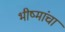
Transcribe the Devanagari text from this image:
भीष्मांचा